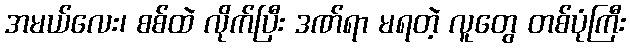
အမယ်လေး၊ စစ်ထဲ လိုက်ပြီး ဒဏ်ရာ မရတဲ့ လူတွေ တစ်ပုံကြီး